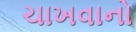
ચાખવાનો